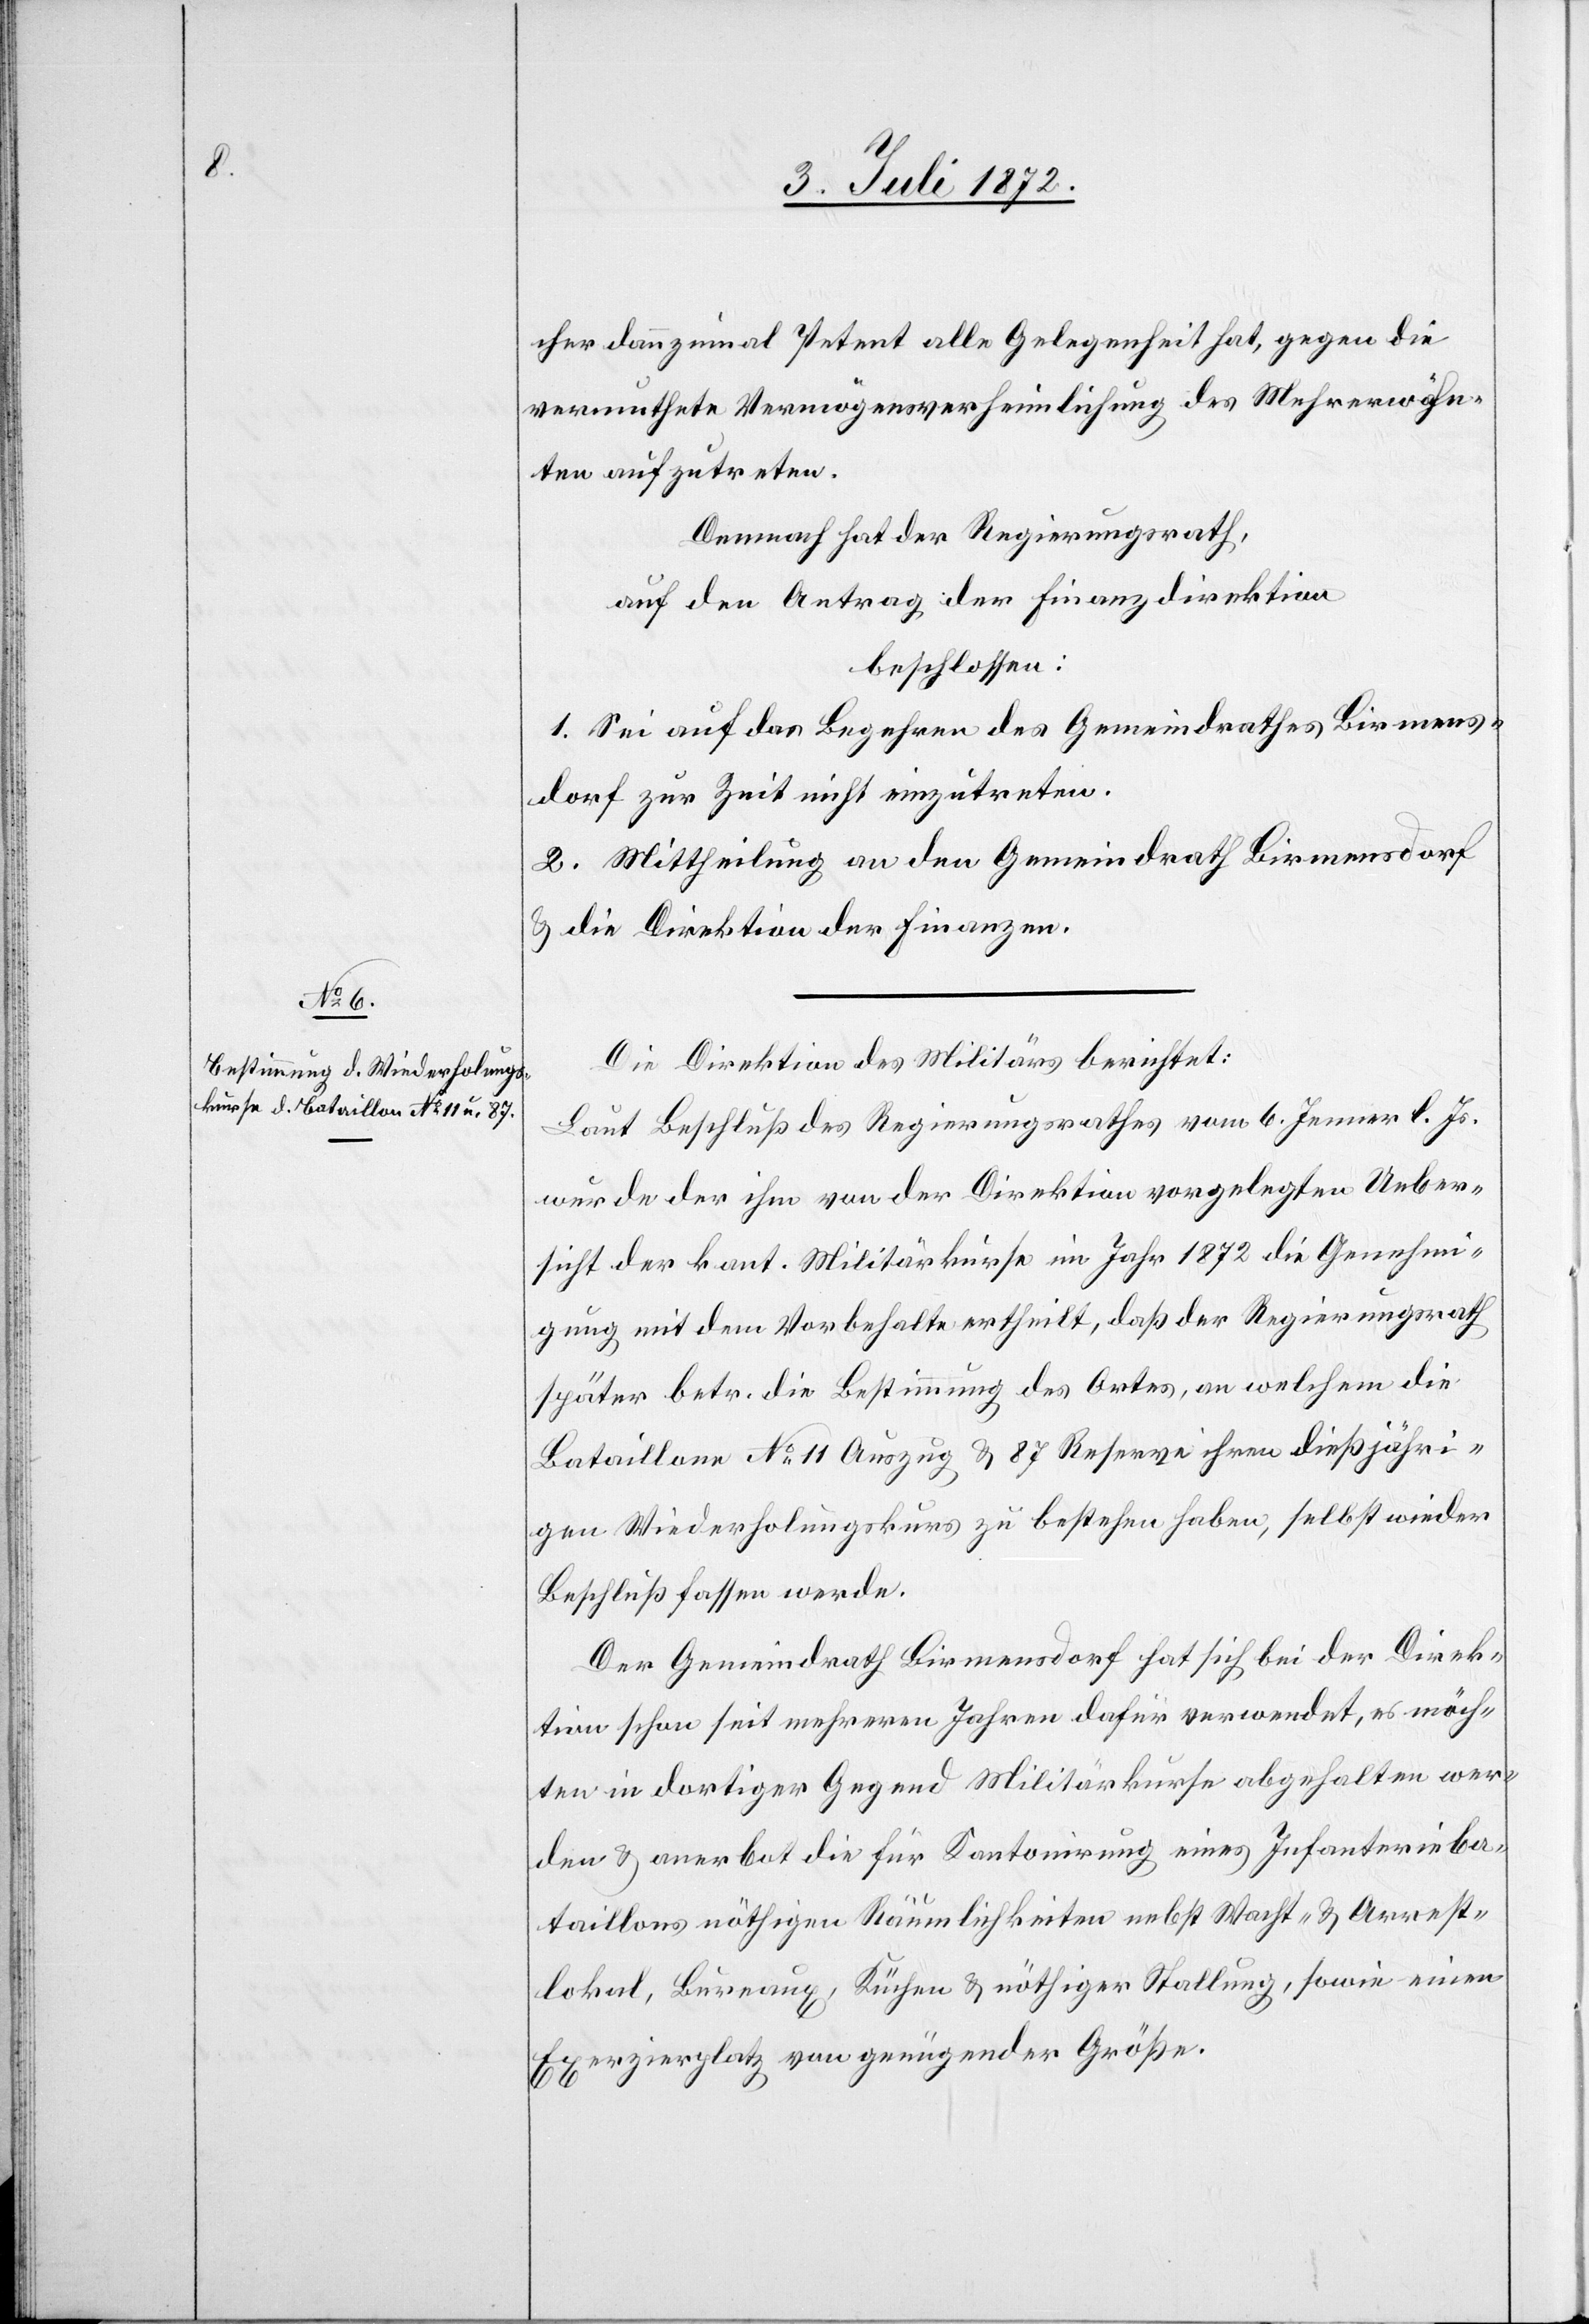
cher dannzumal Petent alle Gelegenheit hat, gegen die
vermuthete Vermögensverheimlichung des Mehrerwähn¬
ten aufzutreten.
Demnach hat der Regierungsrath,
auf den Antrag der Finanzdirektion
beschlossen:
1. Sei auf das Begehren des Gemeindrathes Birmens¬
dorf zur Zeit nicht einzutreten.
2. Mittheilung an den Gemeindrath Birmensdorf
u. die Direktion der Finanzen.
Die Direktion des Militärs berichtet;
Laut Beschluß des Regierungsrathes vom 6. Jenner l. Js.
wurde der ihm von der Direktion vorgelegten Ueber¬
sicht der kant. Militärkurse im Jahr 1872 die Genehmi¬
gung mit dem Vorbehalte ertheilt, daß der Regierungsrath
später betr. die Bestimmung des Ortes, an welchem die
Bataillone No 11 Auszug u. 87 Reserve ihren dießjähri¬
gen Wiederholungskurs zu bestehen haben, selbst wieder
Beschluß fassen werde.
Der Gemeindrath Birmensdorf hat sich bei der Direk¬
tion schon seit mehreren Jahren dafür verwendet, es möch¬
ten in dortiger Gegend Militärkurse abgehalten wer¬
den u. anerbot die für Kantonirung eines Infanterieba¬
taillons nöthigen Räumlichkeiten nebst Wacht- u. Arrest¬
lokal, Bureaux, Küche u. nöthiger Stallung, sowie einen
Exerzierplatz von genügender Größe.